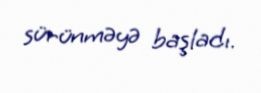
sürünməyə başladı.